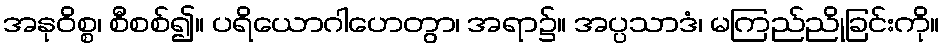
အနုဝိစ္စ၊ စီစစ်၍။ ပရိယောဂါဟေတွာ၊ အရာ၌။ အပ္ပသာဒံ၊ မကြည်ညိုခြင်းကို။